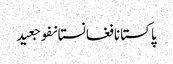
پاکستانافغانستانفوجعید